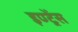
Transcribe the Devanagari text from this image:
इण्ट्रेंस